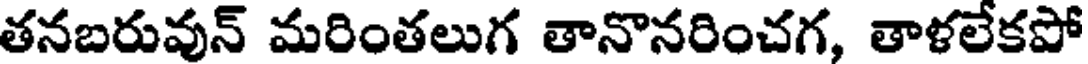
తనబరువున్ మరింతలుగ తానొనరించగ, తాళలేకపో